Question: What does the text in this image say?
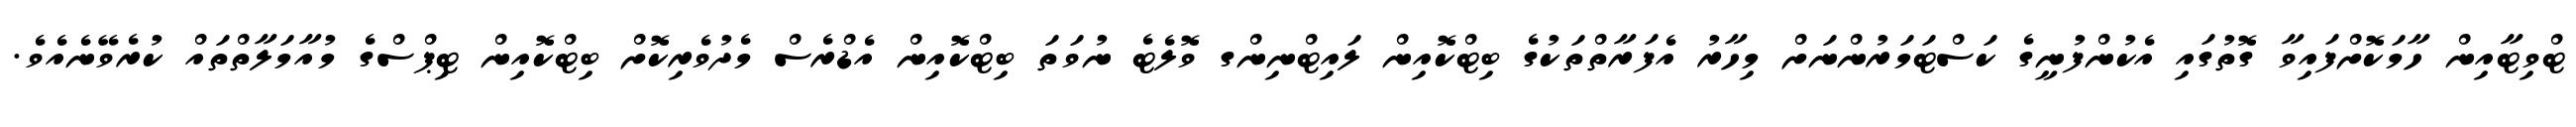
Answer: ޓްވިޓާއިން ހާމަކޮށްފައިވާ ގޮތުގައި އެކުންފުނީގެ ކަސްޓަމަރުންނަށް މިހާރު އެފަރާތްތަކުގެ ބިޓްކޮއިން ލައިޓްނިންގ ވޮލެޓެ ނުވަތަ ބިޓްކޮއިން އެޑްރެސް މެދުވެރިކޮށް ބިޓްކޮއިން ޓިޕްސްގެ މުއާމަލާތްތައް ކުރެވޭނެއެވެ.